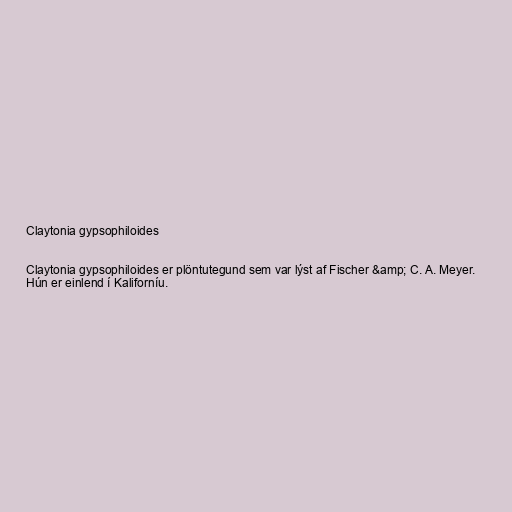
Claytonia gypsophiloides

Claytonia gypsophiloides er plöntutegund sem var lýst af Fischer &amp; C. A. Meyer.
Hún er einlend í Kaliforníu.